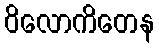
ဝိလောကိတေန